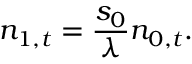
n _ { 1 , t } = { \frac { s _ { 0 } } { \lambda } } n _ { 0 , t } .